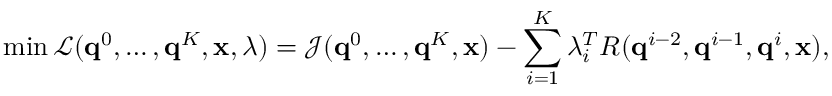
\operatorname* { m i n } \mathcal { L } ( \mathbf { q } ^ { 0 } , \dots , \mathbf { q } ^ { K } , \ensuremath { \mathbf { x } } , \lambda ) = \mathcal { J } ( \mathbf { q } ^ { 0 } , \dots , \mathbf { q } ^ { K } , \ensuremath { \mathbf { x } } ) - \sum _ { i = 1 } ^ { K } \lambda _ { i } ^ { T } R ( \mathbf { q } ^ { i - 2 } , \mathbf { q } ^ { i - 1 } , \mathbf { q } ^ { i } , \ensuremath { \mathbf { x } } ) ,